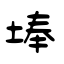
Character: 埲